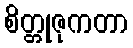
စိတ္တုဇုကတာ